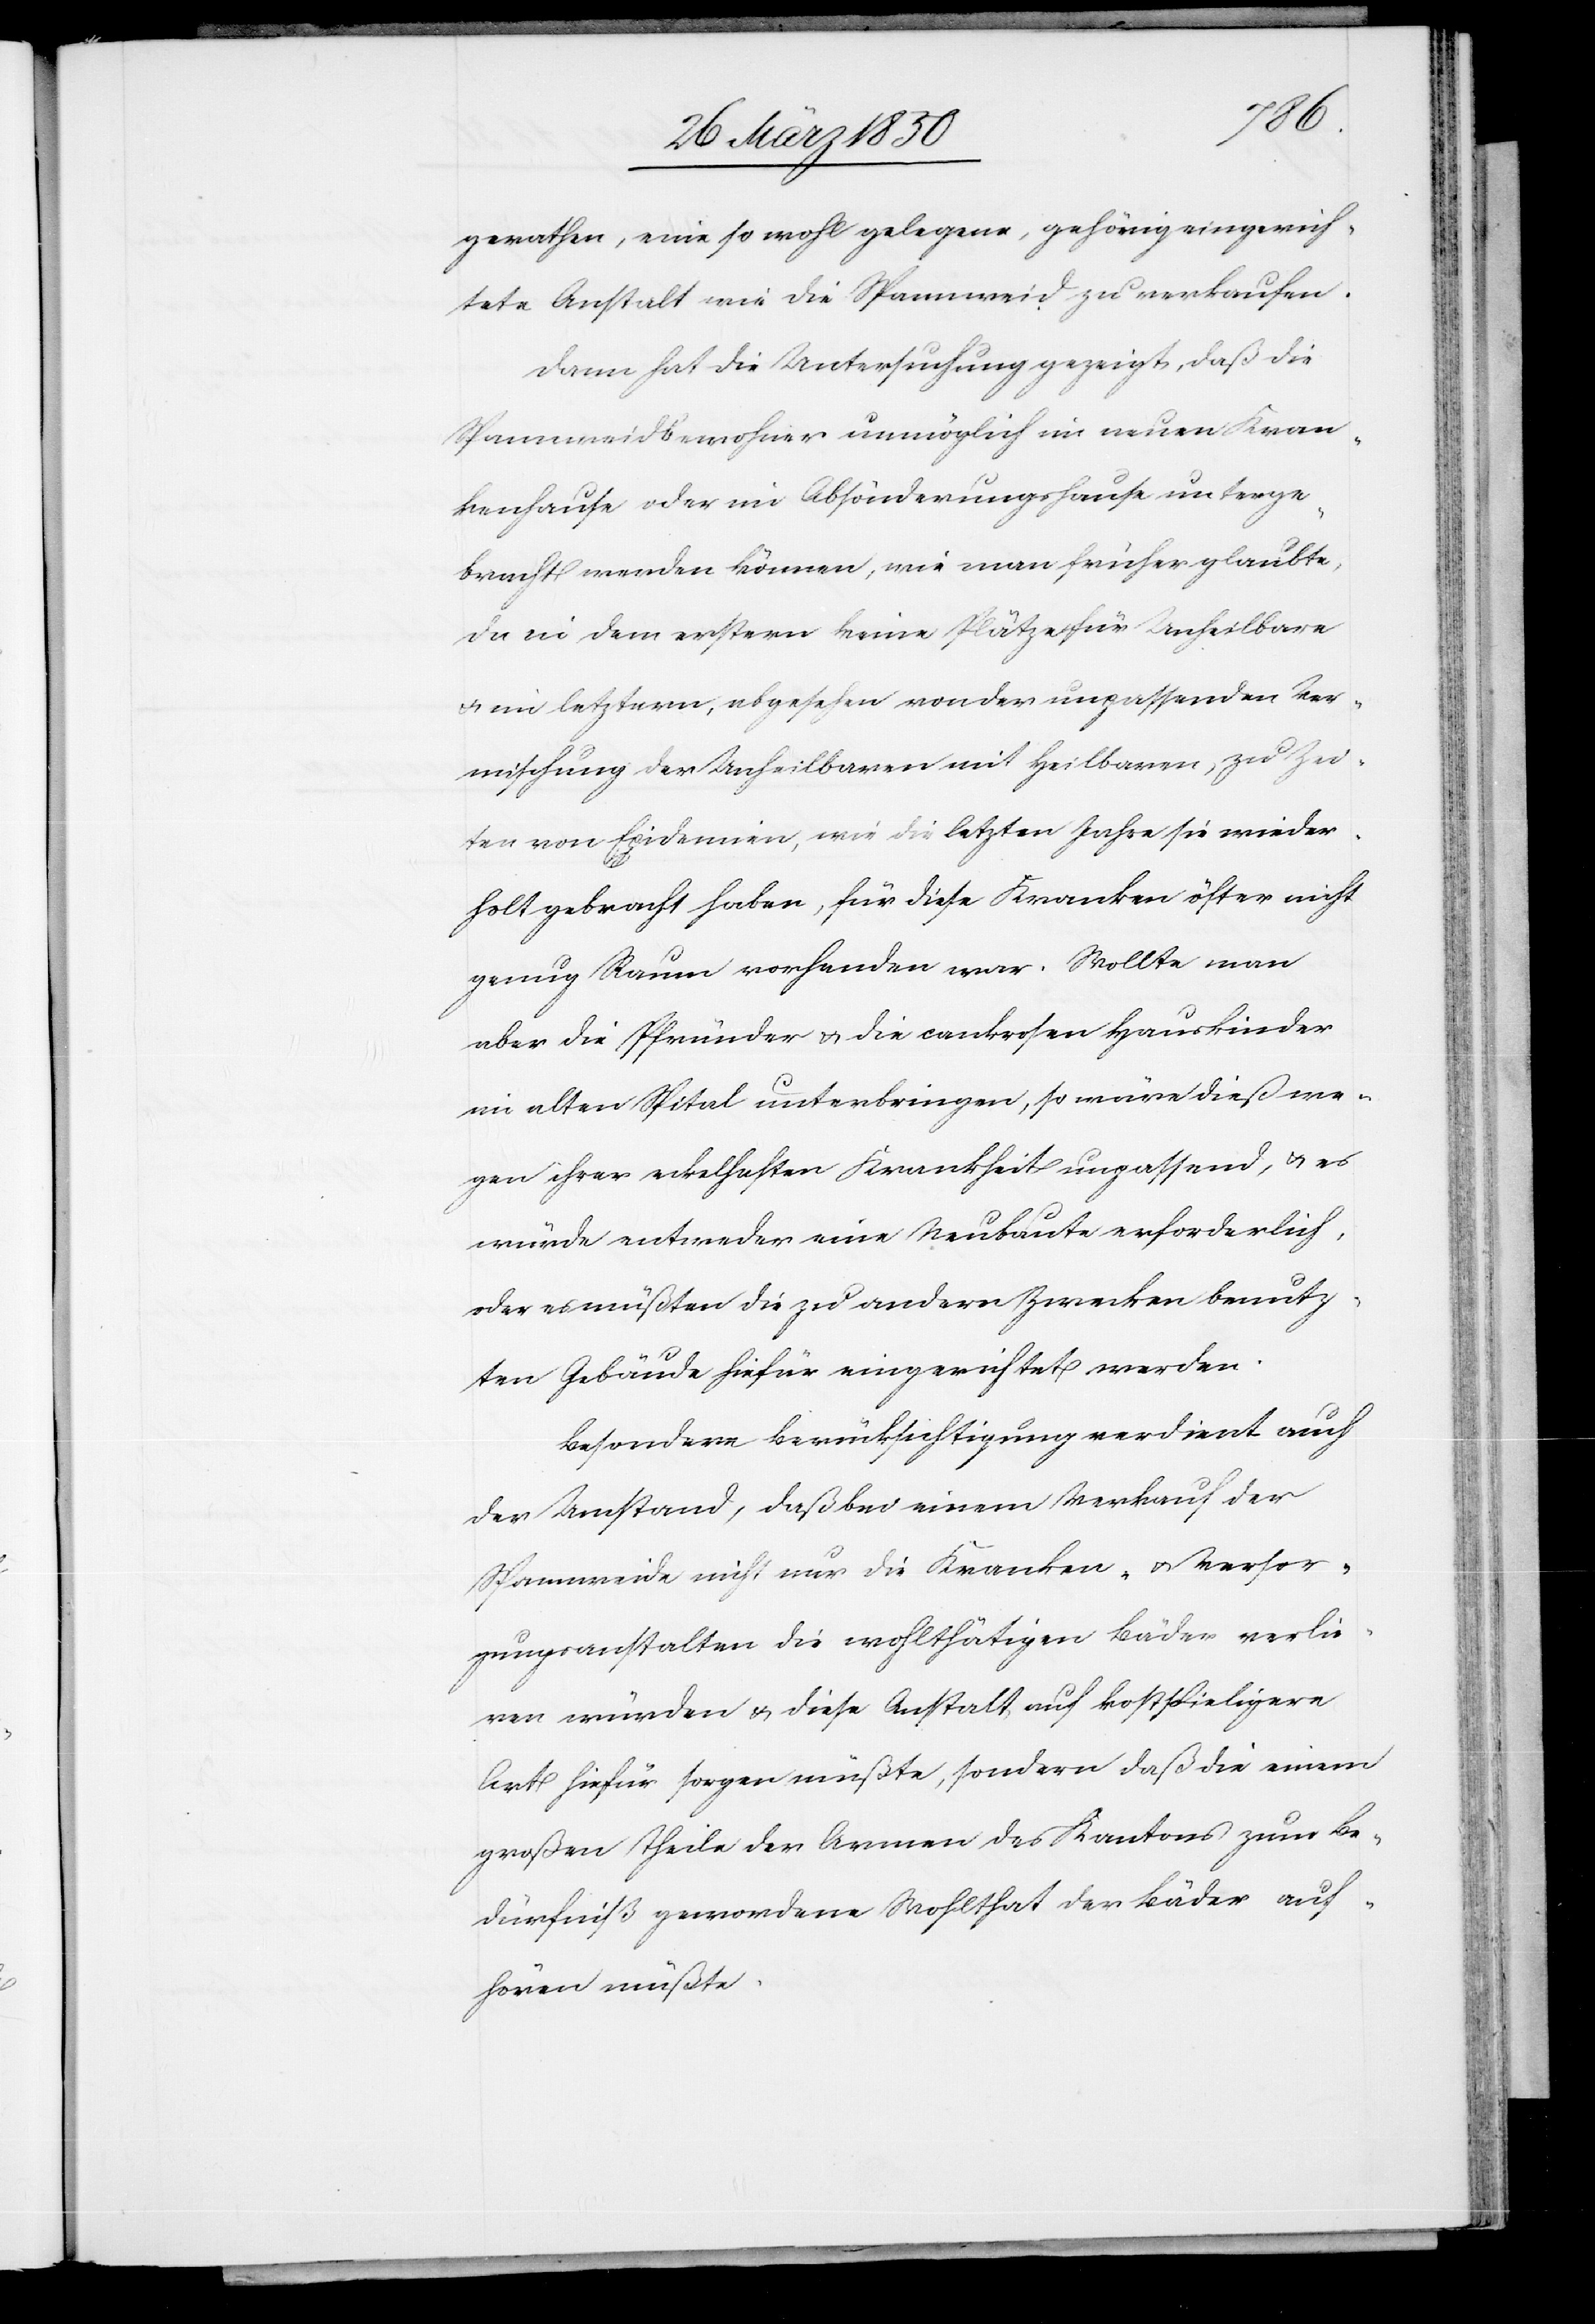
gerathen, eine so wohl gelegene, gehörig eingerich¬
tete Anstalt wie die Spannweid zu verkaufen.
Dann hat die Untersuchung gezeigt, daß die
Spannweidbewohner unmöglich im neuen Kran¬
kenhause oder im Absönderungshause unterge¬
bracht werden können, wie man früher glaubte,
da in dem erstern keine Plätze für Unheilbare
u. im letztern, abgesehen von der unpassenden Ver¬
mischung der Unheilbaren mit Heilbaren, zu Zei¬
ten von Epidemien, wie die letzten Jahre sie wieder¬
holt gebracht haben, für diese Kranken öfter nicht
genug Raum vorhanden war. Wollte man
aber die Pfründer u. die cankresen Hauskinder
im alten Spital unterbringen, so wäre dieß we¬
gen ihrer eckelhaften Krankheit unpassend, u. es
würde entweder eine Neubaute erforderlich,
oder es müßten die zu andern Zwecken benutz¬
ten Gebäude hiefür eingerichtet werden.
Besondere Berücksichtigung verdient auch
der Umstand, daß bei einem Verkauf der
Spannweide nicht nur die Kranken- u. Versor¬
gungsanstalten die wohlthätigen Bäder verlie¬
ren würden u. diese Anstalt auf kostspieligere
Art hiefür sorgen müßte, sondern daß die einem
großen Theile der Armen des Kantons zum Be¬
dürfniß gewordene Wohlthat der Bäder auf¬
hören müßte.